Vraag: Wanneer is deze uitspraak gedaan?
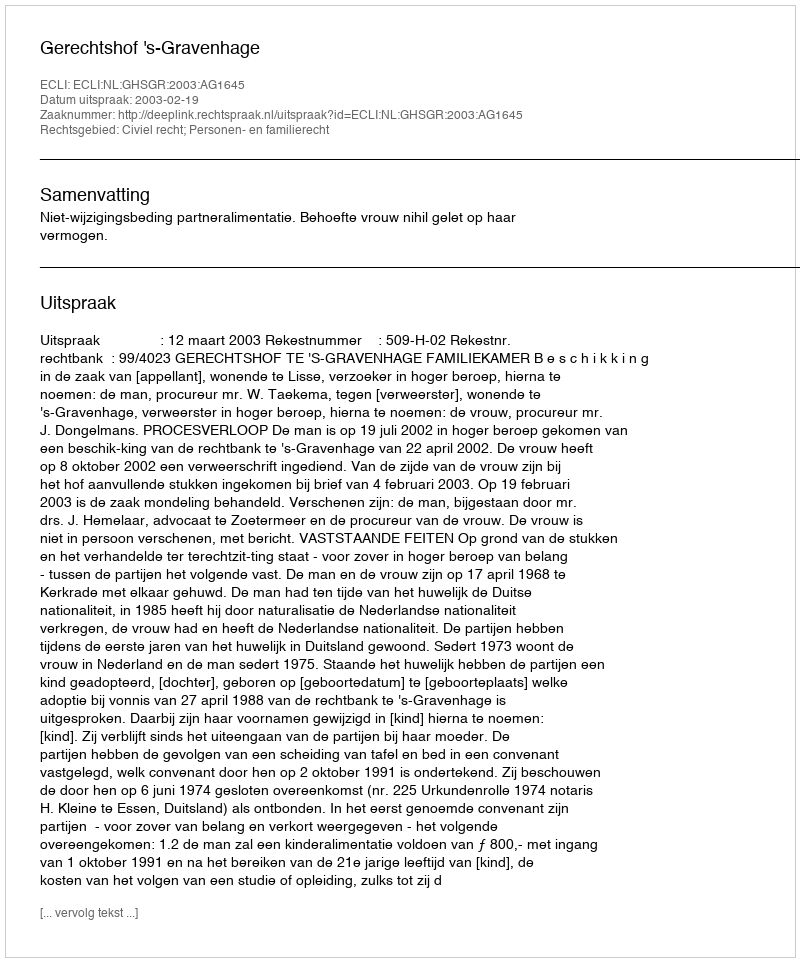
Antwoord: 2003-02-19